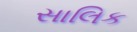
સાલિક